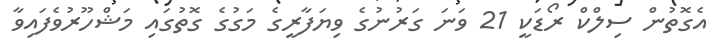
އެގޮތުން ސިލްކް ރޯޑަކީ 21 ވަނަ ގަރުނުގެ ވިޔަފާރީގެ މަގުގެ ގޮތުގައި މަޝްހޫރުވެފައިވާ